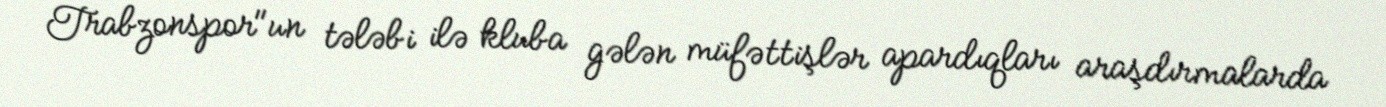
Trabzonspor"un tələbi ilə kluba gələn müfəttişlər apardıqları araşdırmalarda